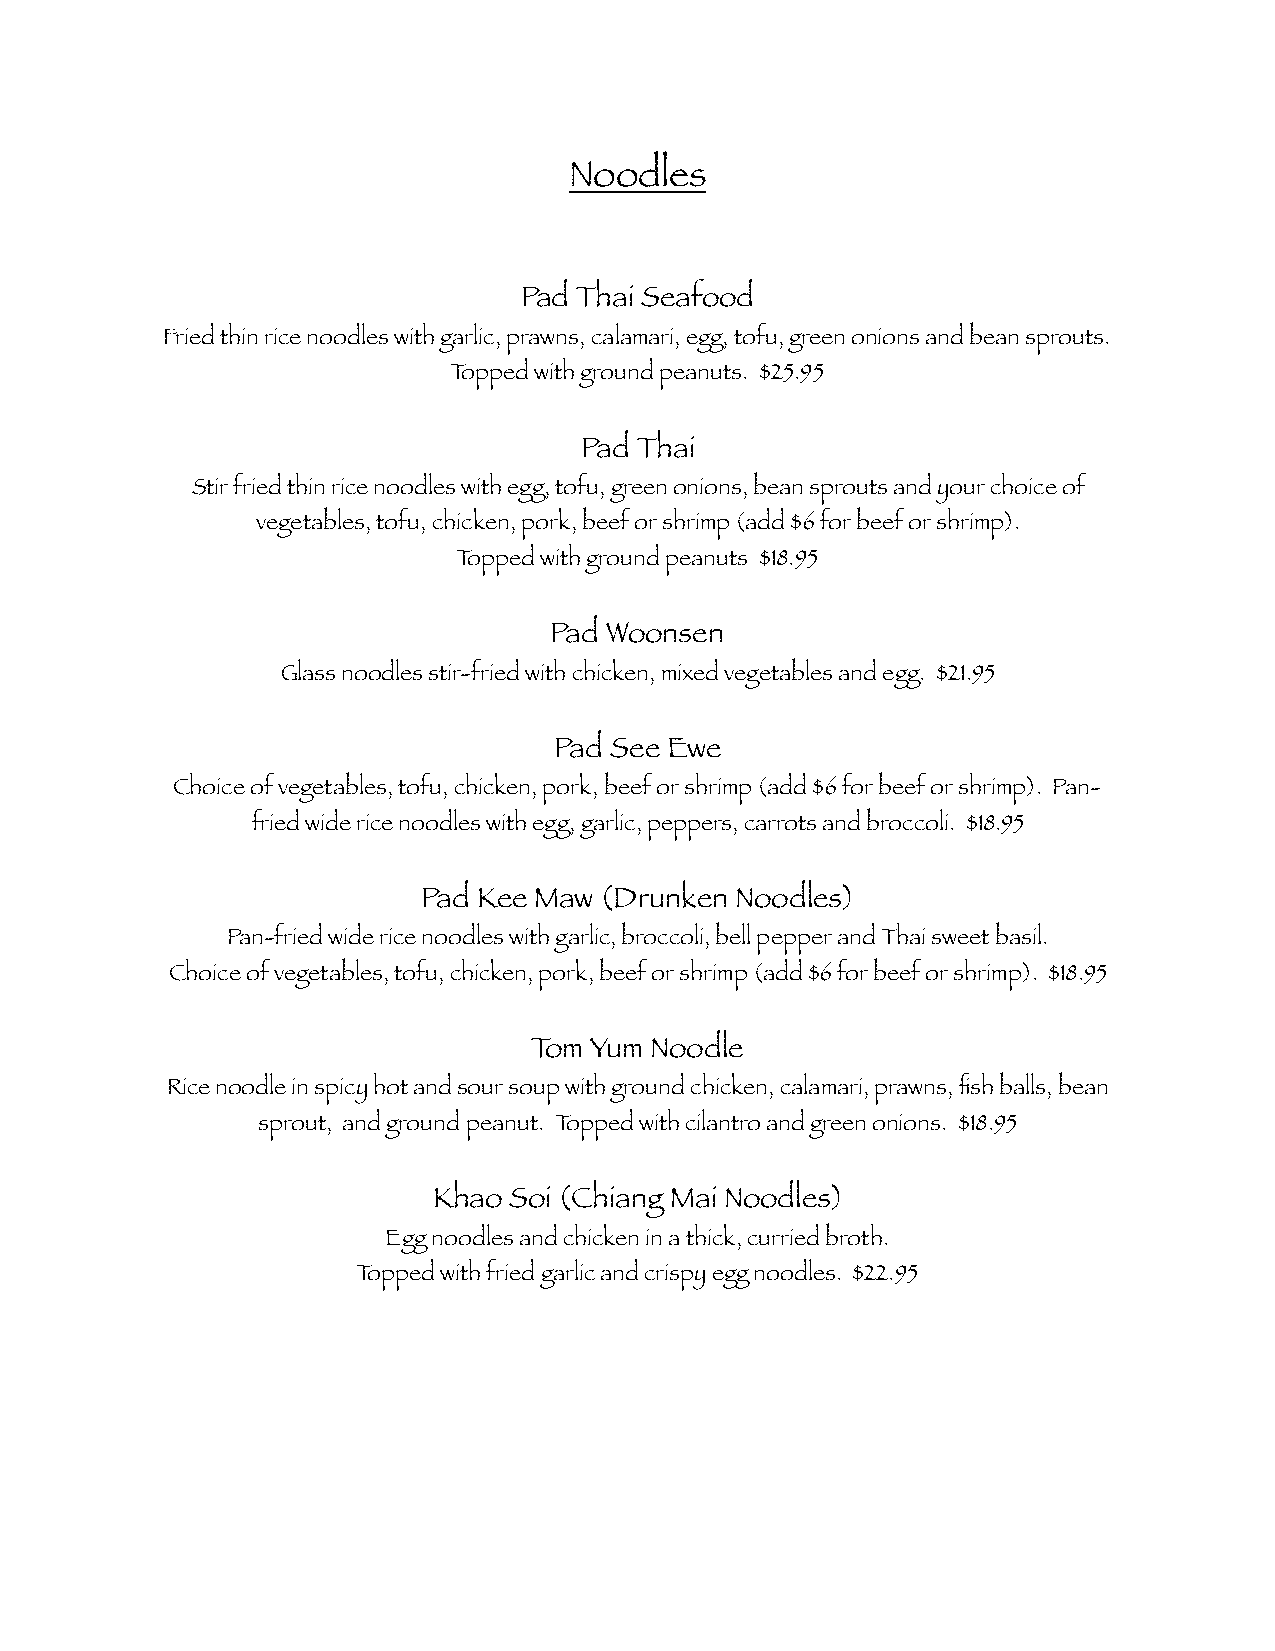
Noodles
 Pad Thai Seafood
 Fried thin rice noodles with garlic, prawns, calamari, egg, tofu, green onions and bean sprouts.
 Topped with ground peanuts. $25.95
 Pad Thai
 Stir fried thin rice noodles with egg, tofu, green onions, bean sprouts and your choice of
 vegetables, tofu, chicken, pork, beef or shrimp (add $6 for beef or shrimp).
 Topped with ground peanuts $18.95
 Pad Woonsen
 Glass noodles stir-fried with chicken, mixed vegetables and egg. $21.95
 Pad See Ewe
 Choice of vegetables, tofu, chicken, pork, beef or shrimp (add $6 for beef or shrimp). Pan-
 fried wide rice noodles with egg, garlic, peppers, carrots and broccoli. $18.95
 Pad Kee Maw (Drunken Noodles)
 Pan-fried wide rice noodles with garlic, broccoli, bell pepper and Thai sweet basil.
 Choice of vegetables, tofu, chicken, pork, beef or shrimp (add $6 for beef or shrimp). $18.95
 Tom Yum Noodle
 Rice noodle in spicy hot and sour soup with ground chicken, calamari, prawns, fish balls, bean
 sprout, and ground peanut. Topped with cilantro and green onions. $18.95
 Khao Soi (Chiang Mai Noodles)
 Egg noodles and chicken in a thick, curried broth.
 Topped with fried garlic and crispy egg noodles. $22.95